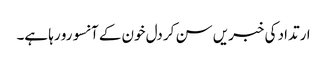
ارتداد کی خبریں سن کر دل خون کے آنسو رو رہا ہے۔